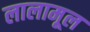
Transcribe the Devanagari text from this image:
लालामूल